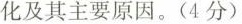
化及其主要原因。(4分)